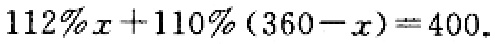
\(112\%x + 110\%(360 - x)=400\)